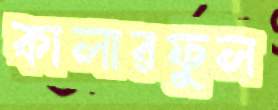
কালারফুল